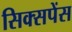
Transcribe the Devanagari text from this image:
सिक्सपेंस